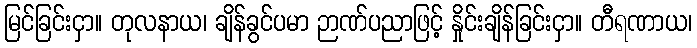
မြင်ခြင်းငှာ။ တုလနာယ၊ ချိန်ခွင်ပမာ ဉာဏ်ပညာဖြင့် နှိုင်းချိန်ခြင်းငှာ။ တီရဏာယ၊